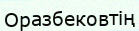
Оразбековтің